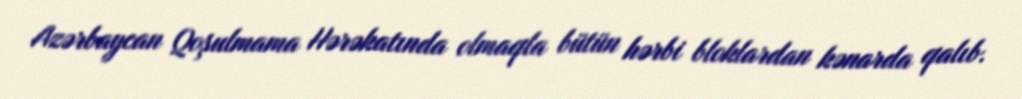
Azərbaycan Qoşulmama Hərəkatında olmaqla bütün hərbi bloklardan kənarda qalıb.